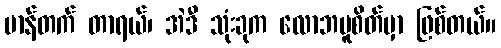
မာန်တက် တာရယ်၊ အဲဒီ သုံးခုက လောဘမူစိတ်မှာ ဖြစ်တယ်။